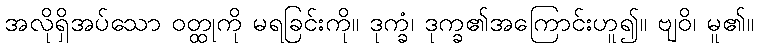
အလိုရှိအပ်သော ဝတ္ထုကို မရခြင်းကို။ ဒုက္ခံ၊ ဒုက္ခ၏အကြောင်းဟူ၍။ ဗျဝိ၊ မူ၏။